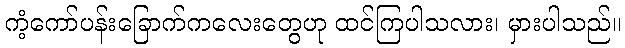
ကံ့ကော်ပန်းခြောက်ကလေးတွေဟု ထင်ကြပါသလား၊ မှားပါသည်။